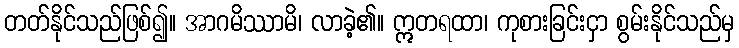
တတ်နိုင်သည်ဖြစ်၍။ အာဂမိဿာမိ၊ လာခဲ့၏။ ဣတရထာ၊ ကုစားခြင်းငှာ စွမ်းနိုင်သည်မှ